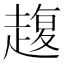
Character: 𧼱